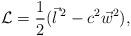
LaTeX: \begin{align*} {\cal L} ={1 \over 2} ({\vec l}\,^{2} -c^{2}{\vec w} ^{2}),\end{align*}